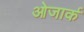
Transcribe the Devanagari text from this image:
ओजार्क